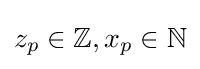
z_{p}\in \mathbb {Z} ,x_{p}\in \mathbb {N}